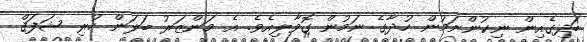
ބަދިގެއިން ނިކުންނަމުން ހުދާގެ ނަމުން ގޮވާލިއެވެ. އެ މަންޒަރު ބަލަން ހުރި ޝަފަޤް